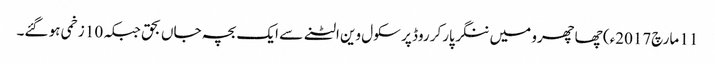
11 مارچ2017ء) چھاچھرو میں ننگر پارکر روڈ پر سکول وین الٹنے سے ایک بچہ جاں بحق جبکہ 10 زخمی ہو گئے۔